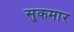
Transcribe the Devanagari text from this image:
सुकमार